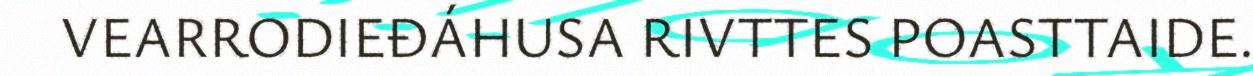
VEARRODIEĐÁHUSA RIVTTES POASTTAIDE.